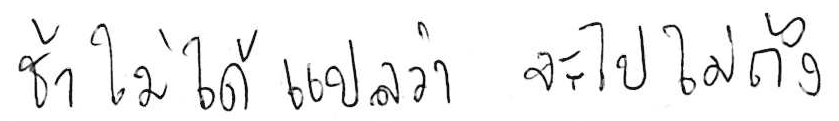
ช้า ไม่ได้แปลว่า จะไปไม่ถึง